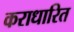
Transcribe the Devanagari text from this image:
कराधारित